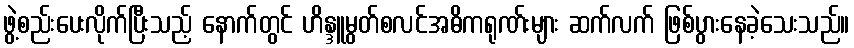
ဖွဲ့စည်းပေးလိုက်ပြီးသည့် နောက်တွင် ဟိန္ဒူမွတ်စလင်အဓိကရုဏ်းများ ဆက်လက် ဖြစ်ပွားနေခဲ့သေးသည်။